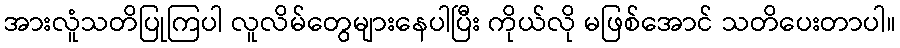
အားလူံသတိပြုကြပါ လူလိမ်တွေများနေပါပြီး ကိုယ်လို မဖြစ်အောင် သတိပေးတာပါ။